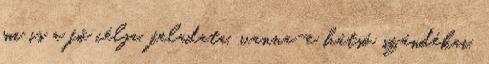
mi is a fő célja, feladata, vanna-e hátsó szándékai,